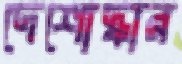
দেশোদ্ধার